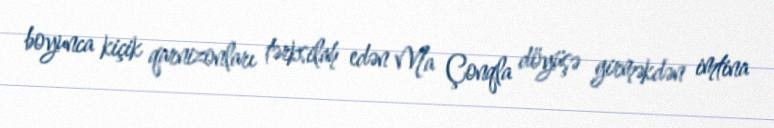
boyunca kiçik qarnizonları tərksilah edən Ma Çonqla döyüşə girməkdən imtina